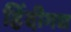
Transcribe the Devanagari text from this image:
हिंदीगद्य